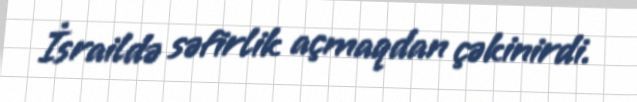
İsraildə səfirlik açmaqdan çəkinirdi.